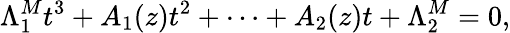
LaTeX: \Lambda_{1}^{M}t^{3}+A_{1}(z)t^{2}+\cdots+A_{2}(z)t+\Lambda_{2}^{M}=0,